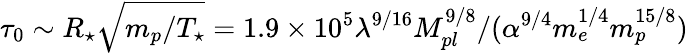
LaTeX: \tau_{0}\sim R_{\star}\sqrt{m_{p}/T_{\star}}=1.9\times 10^{5}\lambda^{9/16}M_{pl}^{9/8}/(\alpha^{9/4}m_{e}^{1/4}m_{p}^{15/8})